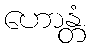
ဟောန္တံ